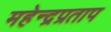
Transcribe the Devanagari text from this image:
महेन्द्रप्रताप